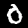
Label: 0